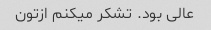
عالی بود. تشکر میکنم ازتون